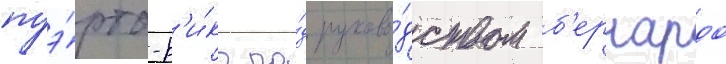
пуэ́рто-р'и́ко по́д руково́дством б'ернардо